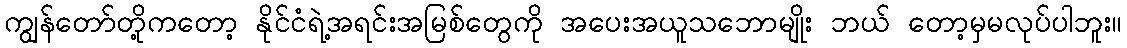
ကျွန်တော်တို့ကတော့ နိုင်ငံရဲ့အရင်းအမြစ်တွေကို အပေးအယူသဘောမျိုး ဘယ် တော့မှမလုပ်ပါဘူး။